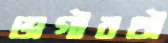
ভাগীরথী